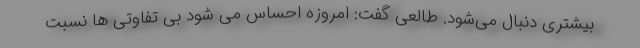
بیشتری دنبال می‌شود. طالعی گفت: امروزه احساس می شود بی تفاوتی ها نسبت